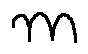
m